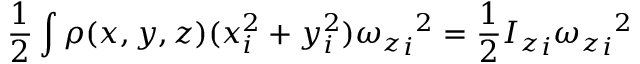
{ \frac { 1 } { 2 } } \int \rho ( x , y , z ) ( x _ { i } ^ { 2 } + y _ { i } ^ { 2 } ) { { \omega _ { z } } _ { i } } ^ { 2 } = { \frac { 1 } { 2 } } { I _ { z } } _ { i } { { \omega _ { z } } _ { i } } ^ { 2 }